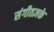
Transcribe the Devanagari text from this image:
संगीतज्ञके